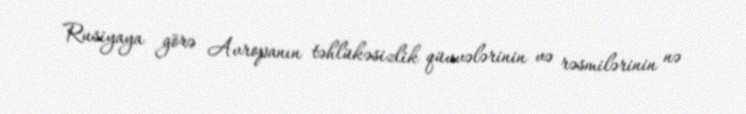
Rusiyaya görə Avropanın təhlükəsizlik qüvvələrinin və rəsmilərinin nə